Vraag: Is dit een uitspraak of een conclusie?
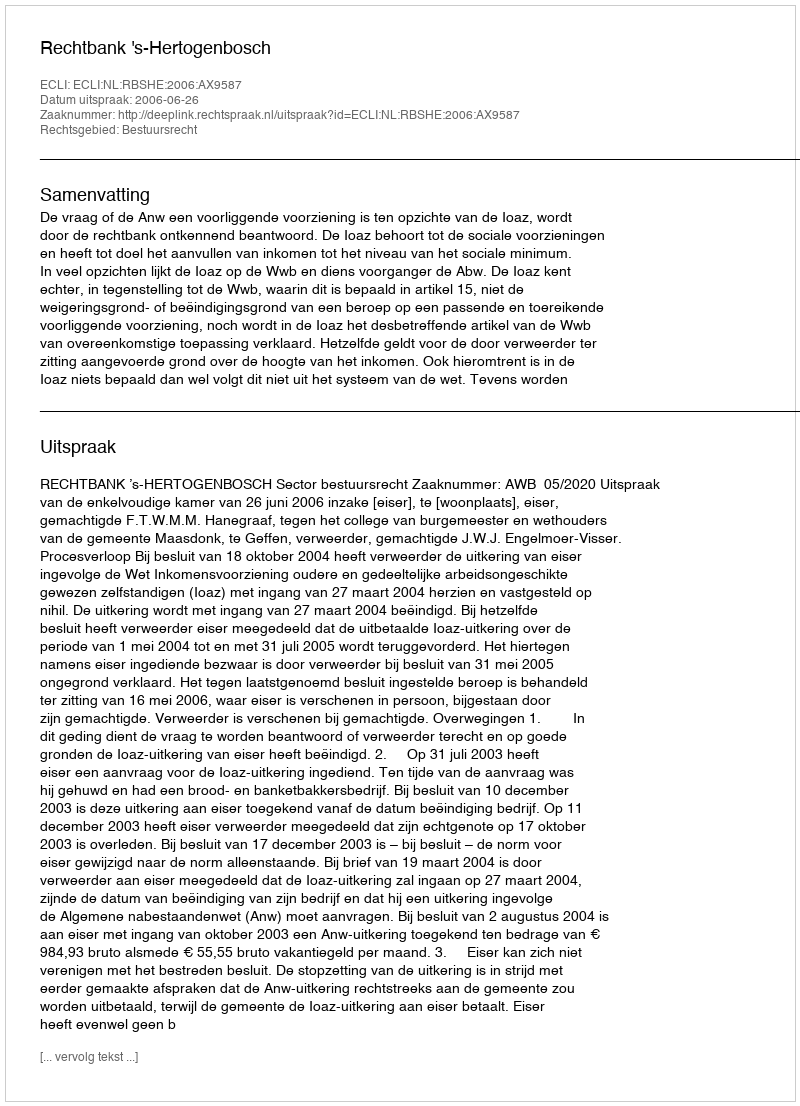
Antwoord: Uitspraak